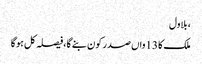
، بلاول
ملک کا 13واں صدر کون بنے گا،فیصلہ کل ہوگا